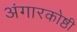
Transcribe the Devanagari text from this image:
अंगारकोष्ठी